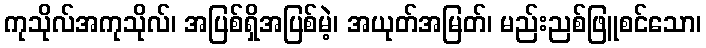
ကုသိုလ်အကုသိုလ်၊ အပြစ်ရှိအပြစ်မဲ့၊ အယုတ်အမြတ်၊ မည်းညစ်ဖြူစင်သော၊